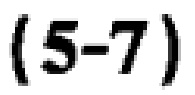
$(5 - 7)$